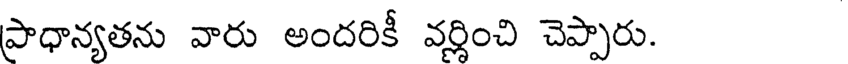
పాధాన్యతను వారు అందరికీ వర్ణించి చెప్పారు.